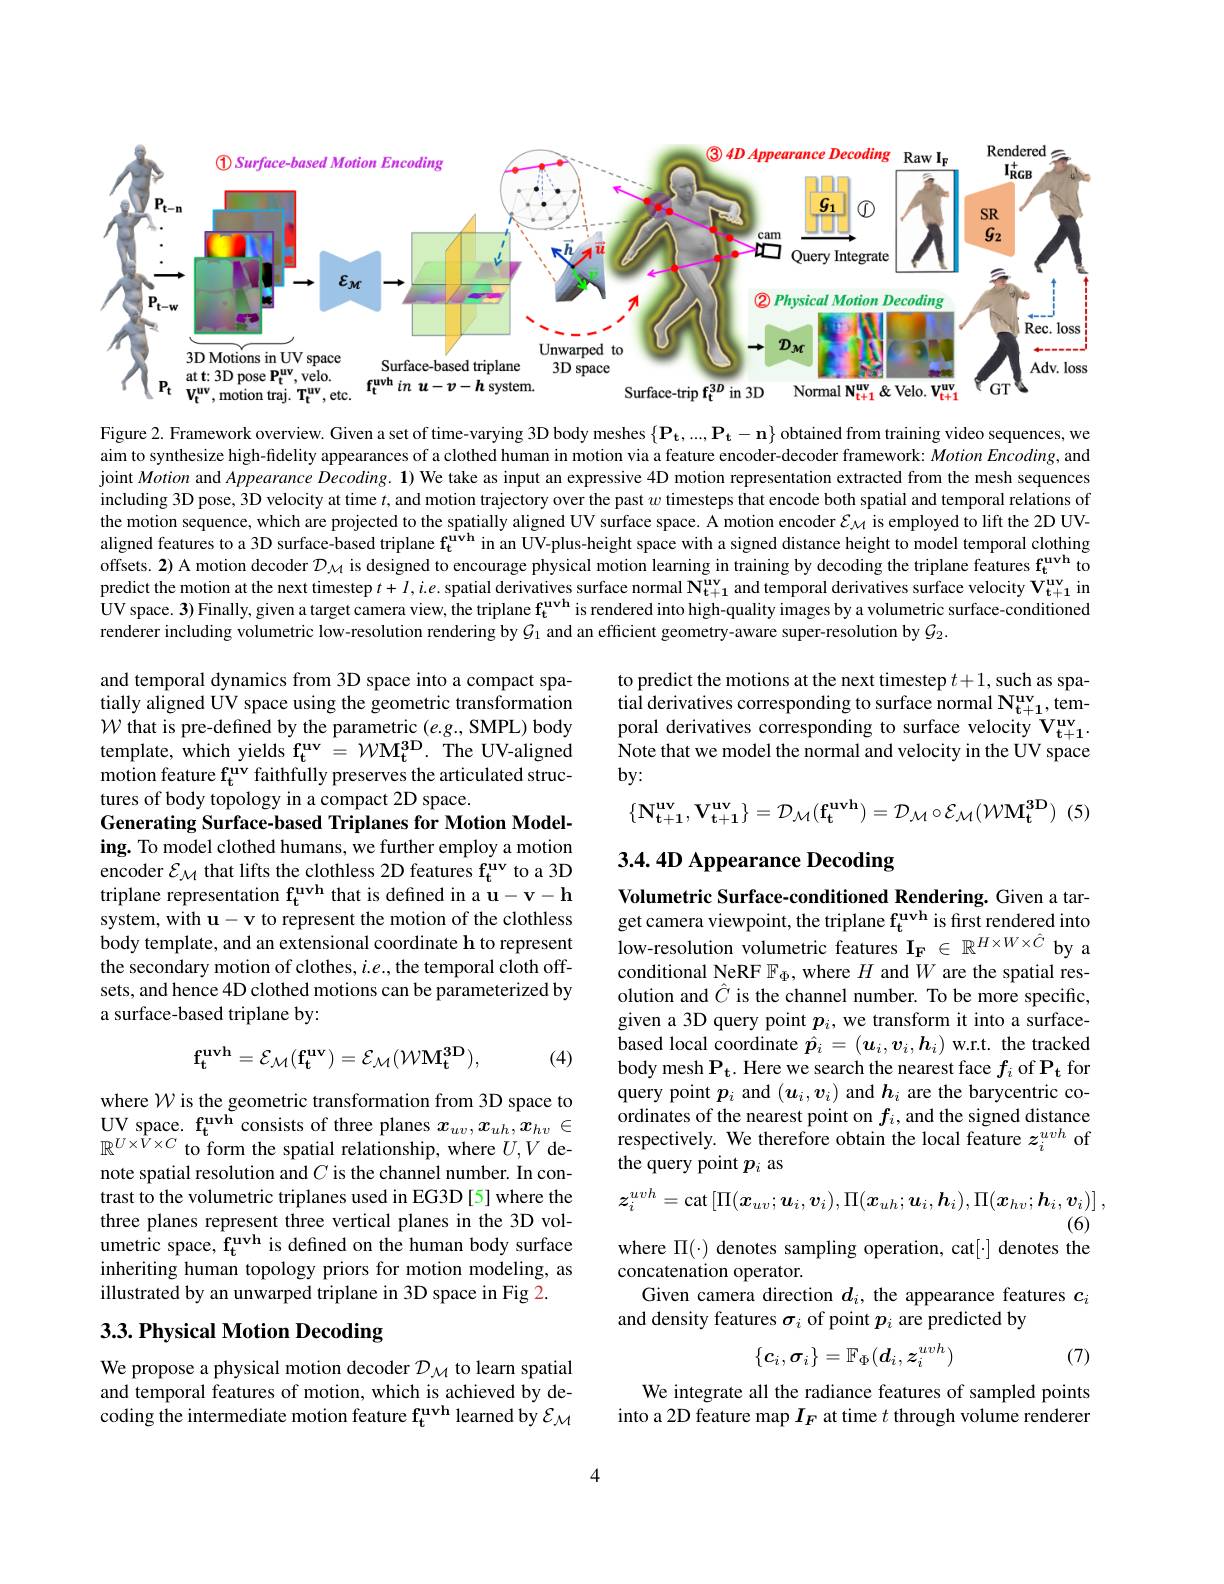
<FigureHere>

Figure 2. Framework overview. Given a set of time-varying 3D body meshes $\{\mathbf{P_t},...,\mathbf{P_t}-\mathbf{n}\}$ obtained from training video sequences, we aim to synthesize high-fidelity appearances of a clothed human in motion via a feature encoder-decoder framework: $MotionEncoding$, and joint Motion and Appearance Decoding. 1) We take as input an expressive 4D motion representation extracted from the mesh sequences including 3D pose, 3D velocity at time $t$, and motion trajectory over the past $w$ timesteps that encode both spatial and temporal relations of the motion sequence, which are projected to the spatially aligned UV surface space. A motion encoder $\mathcal{E}_{\mathcal{M}}$ is employed to lift the 2D UValigned features to a 3D surface-based triplane $\mathbf{f_t^{uvh}}$ in an UV-plus-height space with a signed distance height to model temporal clothing offsets. 2) A motion decoder $\mathcal{D}_{\mathcal{M}}$ is designed to encourage physical motion learning in training by decoding the triplane features f$_{\mathrm{t}}^{\mathrm{uvh}}$ to predict the motion at the next timestep $t+I,i.e.$ spatial derivatives surface normal $\mathbf{N_{t+ 1}^\mathrm{uv}}$ and temporal derivatives surface velocity $\mathbf{V_{t+ 1}^\mathrm{uv}}$ in $\dot{\text{UV space. 3}}$)Finally, given a target camera view, the triplane $\mathbf{f_t^\mathrm{uvh}}$ is rendered into high-quality images by a volumetric surface-conditioned renderer including volumetric low-resolution rendering by $\mathcal{G}_1$ and an efficient geometry-aware super-resolution by $\mathcal{G}_2.$

to predict the motions at the next timestep $t+1$, such as spatial derivatives corresponding to surface normal $\mathbf{N_{t+ 1}^\mathrm{uv}, tem- }$ poral derivatives corresponding to surface velocity $\mathbf{V}_{\mathrm{t+1}}^{\mathrm{uv}}.$ Note that we model the normal and velocity in the UV space $by:$
$$\{\mathbf{N_{t+1}^{uv}},\mathbf{V_{t+1}^{uv}}\}=\mathcal{D}_{\mathcal{M}}(\mathbf{f_{t}^{uvh}})=\mathcal{D}_{\mathcal{M}}\circ\mathcal{E}_{\mathcal{M}}(\mathcal{W}\mathbf{M_{t}^{3D}})$$
(5)

and temporal dynamics from 3D space into a compact spatially aligned UV space using the geometric transformation $\mathcal{W}$ that is pre-defined by the parametric $(e.g.$, SMPL) body template, which yields $\mathbf{f_{t}^{uv}=WM_{t}^{3D}.TheUV-aligned}$ motion feature $\mathbf{f_{t}^{uv}}$ faithfully preserves the articulated structures of body topology in a compact 2D space.
Generating Surface-based Triplanes for Motion Modeling. To model clothed humans, we further employ a motion encoder $\mathcal{E}_{\mathcal{M}}$ that lifts the clothless 2D features f$_\mathrm{t}^\mathrm{uv}$ to a 3D triplane representation $\mathbf{f_{t}^\mathrm{uvh}}$ that is defined in a $\mathbf{u}-\mathbf{v}-\mathbf{h}$ system, with u-v to represent the motion of the clothless body template, and an extensional coordinate h to represent the secondary motion of clothes, $i.e.$,the temporal cloth offsets, and hence 4D clothed motions can be parameterized by a surface-based triplane by:

$3.4.4D$ Appearance Decoding

low-resolution volumetric features $\mathbf{I}_{\mathbf{F}}\in\mathbb{R}^{H\times W\times\hat{C}}$ by a

Volumetric Surface-conditioned Rendering. Given a target camera viewpoint, the triplane $\mathbf{f_{t}^\mathrm{uvh}}$ is first rendered into conditional NeRF $\mathbb{F}_\Phi$, where $H$ and $W$ are the spatial resolution and $\hat{C}$ is the channel number. To be more specific, given a 3D query point $p_i$, we transform it into a surface- $\begin{array}{l}{\mathrm{based~local~coordinate~}\hat{p}_{i}=(\boldsymbol{u}_{i},\boldsymbol{v}_{i},\boldsymbol{h}_{i})\mathrm{~w.r.t.~the~tracked}}\\{\mathrm{body~mesh~P_{t}.~Here~we~search~the~nearest~face~}f_{i}\mathrm{~of~P_{t}~for}}\end{array}$ query point $p_i$ and $(\boldsymbol u_i,\boldsymbol v_i)$ and $\boldsymbol h_i$ are the barycentric coordinates of the nearest point on $f_i$,and the signed distance respectively. We therefore obtain the local feature $z_i^{uvh}$ of the query point $p_i$ as
$$\mathbf{f_{t}^{uvh}}=\mathcal{E}_{\mathcal{M}}(\mathbf{f_{t}^{uv}})=\mathcal{E}_{\mathcal{M}}(\mathcal{W}\mathbf{M_{t}^{3D}}),$$
(4)

where $\mathcal{W}$ is the geometric transformation from 3D space to UV space. f$_\mathrm{t}^\mathrm{uvh}$ consists of three planes $x_uv,x_{uh},x_{hv}\in$ $\mathbb{R}^{U\times\hat{V}\times C}$ to form the spatial relationship, where $U,V$ denote spatial resolution and $C$ is the channel number. In contrast to the volumetric triplanes used in EG3D[5] where the three planes represent three vertical planes in the 3D volumetric space, f$_{\mathbf{t}}^{\mathbf{uvh}}$ is defined on the human body surface inheriting human topology priors for motion modeling, as illustrated by an unwarped triplane in 3D space in Fig 2.
$$\boldsymbol{z}_{i}^{uvh}=\mathrm{cat}\left[\Pi(\boldsymbol{x}_{uv};\boldsymbol{u}_{i},\boldsymbol{v}_{i}),\Pi(\boldsymbol{x}_{uh};\boldsymbol{u}_{i},\boldsymbol{h}_{i}),\Pi(\boldsymbol{x}_{hv};\boldsymbol{h}_{i},\boldsymbol{v}_{i})\right],$$
(6)
where $\Pi(\cdot)$ denotes sampling operation, cat[·] denotes the

concatenation operator.
Given camera direction $d_i$, the appearance features $c_i$
and density features $\sigma_i$ of point $p_i$ are predicted by

# 3.3. Physical Motion Decoding
$$\{\boldsymbol{c}_i,\boldsymbol{\sigma}_i\}=\mathbb{F}_\Phi(\boldsymbol{d}_i,\boldsymbol{z}_i^{uvh})$$
(7)

We propose a physical motion decoder $\mathcal{D}_{\mathcal{M}}$ to learn spatial and temporal features of motion, which is achieved by decoding the intermediate motion feature $\mathbf{f_t^\mathrm{uvh}}$ learned by $\mathcal{E_M}$

We integrate all the radiance features of sampled points into a 2D feature map $I_F$ at time $t$ through volume renderer

4